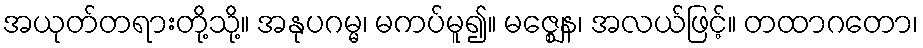
အယုတ်တရားတို့သို့။ အနုပဂမ္မ၊ မကပ်မူ၍။ မဇ္ဈေန၊ အလယ်ဖြင့်။ တထာဂတော၊